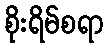
စိုးရိမ်စရာ